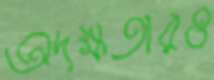
অদক্ষতারও